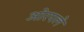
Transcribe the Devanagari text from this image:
ओरपले